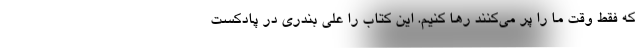
که فقط وقت ما را پر می‌کنند رها کنیم. این کتاب را علی بندری در پادکست